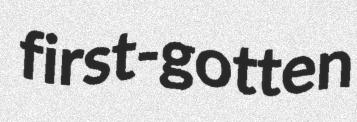
first-gotten